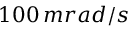
1 0 0 \, m r a d / s